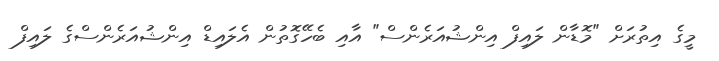
މީގެ އިތުރަށް "މޮޑާން ލައިފް އިންޝުއަރެންސް" އާއި ބެހޭގޮތުން އެލައިޑް އިންޝުއަރެންސްގެ ލައިފް